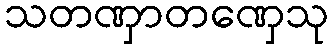
သတဏှာတဏှေသု